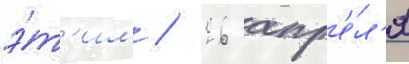
э́т'им / 26 апр'е́л'я